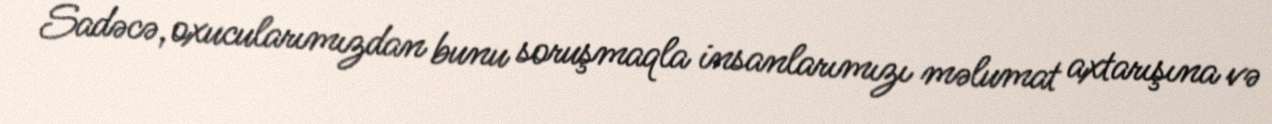
Sadəcə, oxucularımızdan bunu soruşmaqla insanlarımızı məlumat axtarışına və